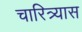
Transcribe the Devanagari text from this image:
चारित्र्यास